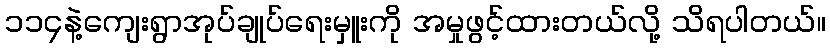
၁၁၄နဲ့ကျေးရွာအုပ်ချုပ်ရေးမှူးကို အမှုဖွင့်ထားတယ်လို့ သိရပါတယ်။